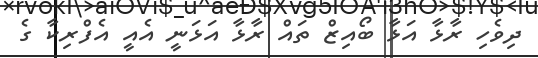
ދިވެހި ރާޅާ އަޅާ ބޯއިޒް ތައް ރާޅާ އަޅަނީ އެއީ އެފްރިކާ ގެ